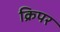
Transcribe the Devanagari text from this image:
क्रिपर